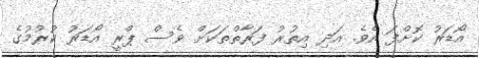
އޯޑަރު ކޮށްފަ އެވެ. އަދި އިތުރު ފަރާތްތަކަށް ވެސް ޕްރީ އޯޑަރު ކުރުމުގެ